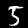
Label: 5